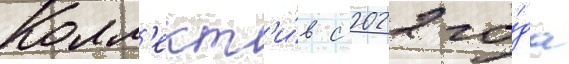
Колл'ект'и́в с 2022 го́да